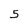
Character: 5